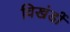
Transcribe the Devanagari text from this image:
विखंडों